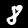
Label: 8